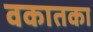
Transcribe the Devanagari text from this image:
वकातका